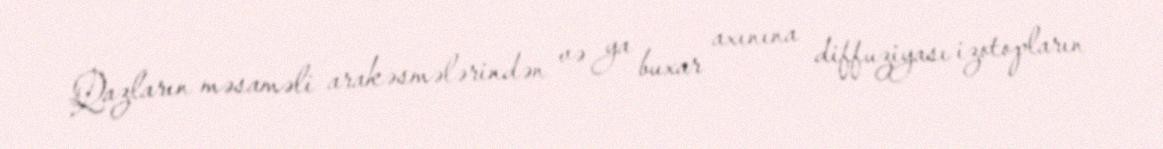
Qazların məsaməli arakəsmələrindən və ya buxar axınına diffuziyası izotopların